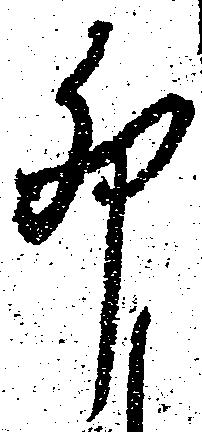
卯